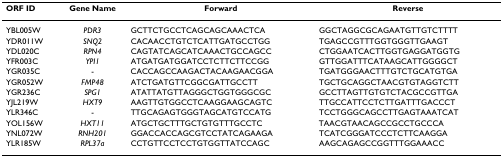
| ORF ID | Gene Name | Forward | Reverse |
 | --- | --- | --- | --- |
 | YBL005W | PDR3 | GCTTCTGCCTCAGCAGCAAACTCA | GGCTAGGCGCAGAATGTTGTCTTTT |
 | YDR011W | SNQ2 | CACAACCTGTCTCATTGATGCCTGG | TGAGCCGTTTGGTGGGTTGAAGT |
 | YDL020C | RPN4 | CAGTATCAGCATCAAACTGCCAGCC | CTGGAATCACTTGGTGAGGATGGTG |
 | YFR003C | YPI1 | ATGATGATGGATCCTCTTCTTCCGG | GTTGGATTTCATAAGCATTGGGGCT |
 | YGR035C | - | CACCAGCCAAGACTACAAGAACGGA | TGATGGGAACTTTGTCTGCATGTGA |
 | YGR052W | FMP48 | ATCTGATGTTCGGCGATTGCCTT | TGCTGCAGGCTAACGTGTAGGTCTT |
 | YGR236C | SPG1 | ATATTATGTTAGGGCTGGTGGGCGC | GCCTTAGTTGTGTCTACGCCGTTGA |
 | YJL219W | HXT9 | AAGTTGTGGCCTCAAGGAAGCAGTC | TTGCCATTCCTCTTGATTTGACCCT |
 | YLR346C | - | TTGCAGAGTGGGTAGCATGTCCATG | TCCTGGGCAGCCTTGAGTAAATCAT |
 | YOL156W | HXT11 | ATGCTGCTTTGCTGTGTTTGCCTC | TAACGTAACAGCCGCCTGCCCA |
 | YNL072W | RNH201 | GGACCACCAGCGTCCTATCAGAAGA | TCATCGGGATCCCTCTTCAAGGA |
 | YLR185W | RPL37a | CCTGTTCCTCCTGTGGTTATCCAGC | AAGCAGAGCCGGTTTGGAAACC |